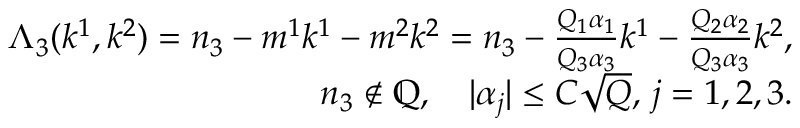
\begin{array} { r } { \Lambda _ { 3 } ( k ^ { 1 } , k ^ { 2 } ) = n _ { 3 } - m ^ { 1 } k ^ { 1 } - m ^ { 2 } k ^ { 2 } = n _ { 3 } - \frac { Q _ { 1 } \alpha _ { 1 } } { Q _ { 3 } \alpha _ { 3 } } k ^ { 1 } - \frac { Q _ { 2 } \alpha _ { 2 } } { Q _ { 3 } \alpha _ { 3 } } k ^ { 2 } , } \\ { n _ { 3 } \notin \mathbb { Q } , \quad | \alpha _ { j } | \leq C \sqrt { Q } , \, j = 1 , 2 , 3 . } \end{array}